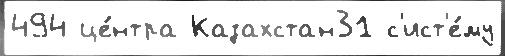
494 це́нтра Казахстан31 с'ист'е́му